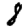
Digit: 8